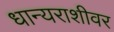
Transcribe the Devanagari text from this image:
धान्यराशीवर